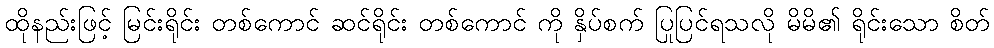
ထိုနည်းဖြင့် မြင်းရိုင်း တစ်ကောင် ဆင်ရိုင်း တစ်ကောင် ကို နှိပ်စက် ပြုပြင်ရသလို မိမိ၏ ရိုင်းသော စိတ်